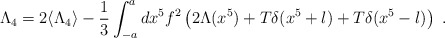
\begin{align*}\Lambda_4 = 2\langle \Lambda_4 \rangle -\frac{1}{3}\int_{-a}^a dx^5 f^2 \left( 2\Lambda(x^5) +T\delta(x^5+l)+T\delta(x^5-l)\right) \; .\end{align*}